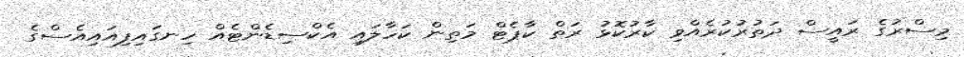
މިސްރުގެ ރައީސް ދަތުރުކުރެއްވި ކާރުކޮޅު ރަތް ކާޕެޓް މަތިން ކަހާލައި އެކްސިޑެންޓެއް ހިނގައިފިއައިއެސްގެ